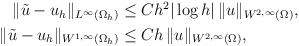
LaTeX: \begin{align*} \begin{aligned}\|\tilde u - u_h\|_{L^\infty(\Omega_h)} &\le Ch^2|\log h| \, \|u\|_{W^{2, \infty}(\Omega)}, \\\|\tilde u - u_h\|_{W^{1,\infty}(\Omega_h)} &\le Ch \, \|u\|_{W^{2, \infty}(\Omega)},\end{aligned}\end{align*}